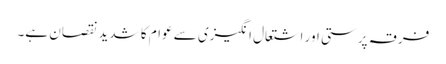
فرقہ پرستی اور اشتعال انگیزی سے عوام کا شدید نقصان ہے۔